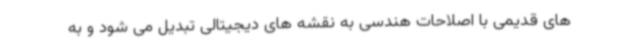
های قدیمی با اصلاحات هندسی به نقشه های دیجیتالی تبدیل می شود و به